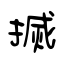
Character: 搣